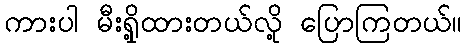
ကားပါ မီးရှို့ထားတယ်လို့ ပြောကြတယ်။